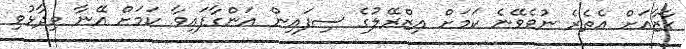
ގާޒާއަށް އެތެރެ ނުވެވޭނެ ކަމަށް އިޒްރޭލުގެ ސިފައިން އަންގާފައިވާ ކަމަށް އޭނާ ވިދާޅުވި